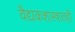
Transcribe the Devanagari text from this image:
वैद्यकशास्त्रातही